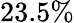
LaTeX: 23.5\%